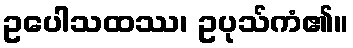
ဥပေါသထဿ၊ ဥပုသ်ကံ၏။